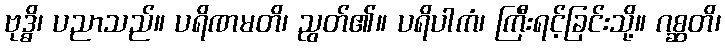
ဗုဒ္ဓိ၊ ပညာသည်။ ပရိဏမတိ၊ ညွတ်၏။ ပရိပါကံ၊ ကြီးရင့်ခြင်းသို့။ ဂစ္ဆတိ၊